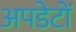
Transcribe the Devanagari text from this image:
अपडेटों